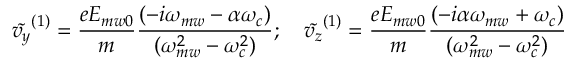
\tilde { v _ { y } } ^ { ( 1 ) } = \frac { e E _ { m w 0 } } { m } \frac { ( - i \omega _ { m w } - \alpha \omega _ { c } ) } { ( \omega _ { m w } ^ { 2 } - \omega _ { c } ^ { 2 } ) } ; \quad \tilde { v _ { z } } ^ { ( 1 ) } = \frac { e E _ { m w 0 } } { m } \frac { ( - i \alpha \omega _ { m w } + \omega _ { c } ) } { ( \omega _ { m w } ^ { 2 } - \omega _ { c } ^ { 2 } ) }